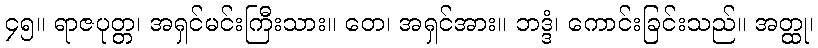
၄၅။ ရာဇပုတ္တ၊ အရှင်မင်းကြီးသား။ တေ၊ အရှင်အား။ ဘဒ္ဒံ၊ ကောင်းခြင်းသည်။ အတ္ထု၊